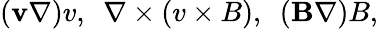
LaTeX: ({\mathbf v\nabla)v},~~{\mathbf\nabla\times(v\times B)},~~({\mathbf B\nabla)B},